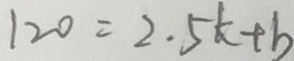
1 2 0 = 2 . 5 k + b